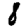
Digit: 8